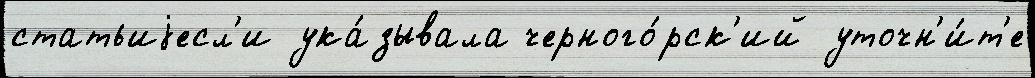
статьиjесл'и ука́зывала черного́рск'ий уточн'и́т'е